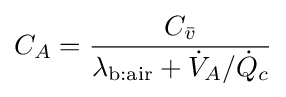
C_{A}={\frac {C_{\bar {v}}}{\lambda _{\text{b:air}}+{\dot {V}}_{A}/{\dot {Q}}_{c}}}